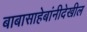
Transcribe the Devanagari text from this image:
बाबासाहेबांनीदेखील